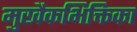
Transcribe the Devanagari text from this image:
मुखैकभिक्तिका